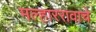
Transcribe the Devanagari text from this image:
मल्हाररावाचे